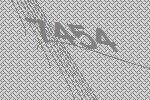
7454